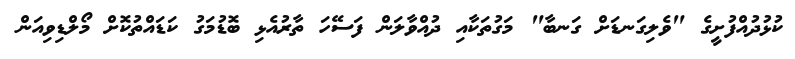
ކުޅުދުއްފުށީގެ "ވެލިގަނޑަށް ގަނބާ" މަގުތަކާއި ދުއްވާލަން ފަސޭހަ ތާރުއެޅި ބޮޑުމަގު ކަޑައްތުކޮށް މޯލްޑިވިއަން